Rangoon Lunatic Asylum 1878-1892 - 1878-1892
Year: 1878
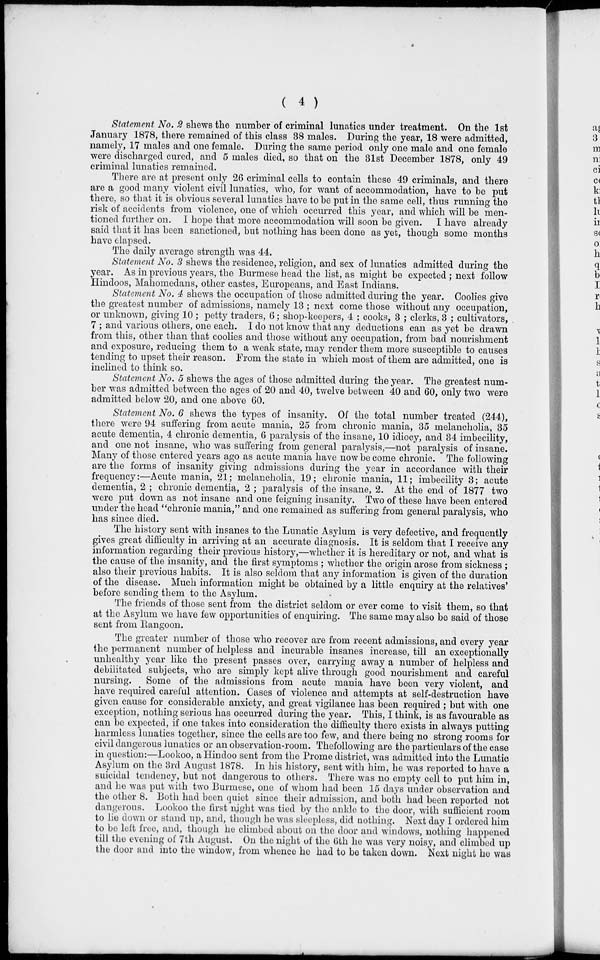
( 4 )
Statement No. 2 shews the number of criminal lunatics under treatment. On the 1st
January 1878, there remained of this class 38 males. During the year, 18 were admitted,
namely, 17 males and one female. During the same period only one male and one female
were discharged cured, and 5 males died, so that on the 31st December 1878, only 49
criminal lunatics remained.
There are at present only 26 criminal cells to contain these 49 criminals, and there
are a good many violent civil lunatics, who, for want of accommodation, have to be put
there, so that it is obvious several lunatics have to be put in the same cell, thus running the
risk of accidents from violence, one of which occurred this year, and which will be men-
tioned further on. I hope that more accommodation will soon be given. I have already
said that it has been sanctioned, but nothing has been done as yet, though some months
have elapsed.
The daily average strength was 44.
Statement No. 3 shews the residence, religion, and sex of lunatics admitted during the
year. As in previous years, the Burmese head the list, as might be expected ; next follow
Hindoos, Mahomedans, other castes, Europeans, and East Indians.
Statement No. 4 shews the occupation of those admitted during the year. Coolies give
the greatest number of admissions, namely 13 ; next come those without any occupation,
or unknown, giving 10; petty traders, 6; shop-keepers, 4 ; cooks,. 3 ; clerks, 3 ; cultivators,
7 ; and various others, one each. I do not know that any deductions can as yet be drawn
from this, other than that coolies and those without any occupation, from bad nourishment
and exposure, reducing them to a weak state, may render them more susceptible to causes
tending to upset their reason. From the state in which most of them are admitted, one is
inclined to think so.
Statement No. 5 shews the ages of those admitted during the year. The greatest num-
ber was admitted between the ages of 20 and 40, twelve between 40 and 60, only two were
admitted below 20, and one above 60.
Statement No. 6 shews the types of insanity. Of the total number treated (244),
there were 94 suffering from acute mania, 25 from chronic mania, 35 melancholia, 35
acute dementia, 4 chronic dementia, 6 paralysis of the insane, 10 idiocy, and 34 imbecility,
and one not insane, who was suffering from general paralysis,—not paralysis of insane.
Many of those entered years ago as acute mania have now be come chronic. The following
are the forms of insanity giving admissions during the year in accordance with their
frequency:—Acute mania, 21; melancholia, 19; chronic mania, 11; imbecility 3; acute
dementia, 2 ; chronic dementia, 2 ; paralysis of the insane, 2. At the end of 1877 two
were put down as not insane and one feigning insanity. Two of these have been entered
under the head "chronic mania," and one remained as suffering from general paralysis, who
has since died.
The history sent with insanes to the Lunatic Asylum is very defective, and frequently
gives great difficulty in arriving at an accurate diagnosis. It is seldom that I receive any
information regarding their previous history,—whether it is hereditary or not, and what is
the cause of the insanity, and the first symptoms ; whether the origin arose from sickness ;
also their previous habits. It is also seldom that any information is given of the duration
of the disease. Much information might be obtained by a little enquiry at the relatives'
before sending them to the Asylum.
The friends of those sent from the district seldom or ever come to visit them, so that
at the Asylum we have few opportunities of enquiring. The same may also be said of those
sent from llangoon.
The greater number of those who recover are from recent admissions, and every year
the permanent number of helpless and incurable insanes increase, till an exceptionally
unhealthy year like the present passes over, carrying away a number of helpless and
debilitated subjects, who are simply kept alive through good nourishment and careful
nursing. Some of the admissions from acute mania have been very violent, and
have required careful attention. Cases of violence and attempts at self-destruction have
given cause for considerable anxiety, and great vigilance has been required ; but with one
exception, nothing serious has occurred during the year. This, I think, is as favourable as
can be expected, if one takes into consideration the difficulty there exists in always putting
harmless lunatics together, since the cells are too few, and there being no strong rooms for
civil dangerous lunatics or an observation-room. The following are the particulars of the case
in question:—Lookoo, a Hindoo sent from the Prome district, was admitted into the Lunatic
Asylum on the 3rd August 1878. In his history, sent with him, he was reported to have a
suicidal tendency, but not dangerous to others. There was no empty cell to put him in,
and he was put with two Burmese, one of whom had been 15 days under observation and
the other 8. Both had been quiet since their admission, and both had been reported not
dangerous. Lookoo the first night was tied by the ankle to the door, with sufficient room
to lie down or stand up, and, though he was sleepless, did nothing. Next day I ordered him
to be left free, and, though he climbed about on the door and windows, nothing happened
till the evening of 7th August. On the night of the 6th he was very noisy, and climbed up
the door and into the window, from whence he had to be taken down. Next night he was